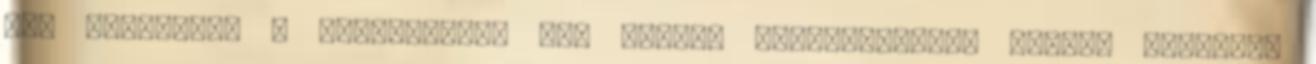
nem javasolt. A szertralint nem szabad grépfrútlével együtt bevenni,